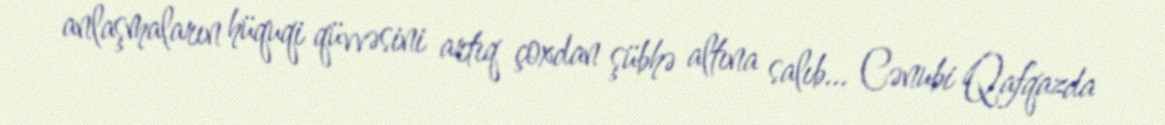
anlaşmaların hüquqi qüvvəsini artıq çoxdan şübhə altına salıb... Cənubi Qafqazda